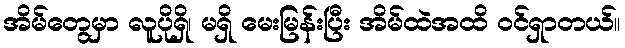
အိမ်တွေမှာ လူပိုရှိ၊ မရှိ မေးမြန်းပြီး အိမ်ထဲအထိ ဝင်ရှာတယ်။